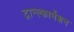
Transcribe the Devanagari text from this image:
ट्रान्स्फार्मेशन